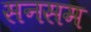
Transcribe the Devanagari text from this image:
सनसम